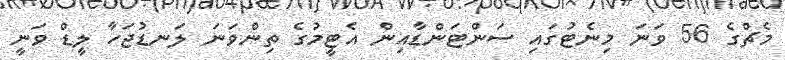
މެޗްގެ 56 ވަނަ މިނެޓުގައި ސަންޓަންޑާއިން އެޓީމުގެ ތިންވަނަ ލަނޑުޖަހާ ލީޑް ވަނީ